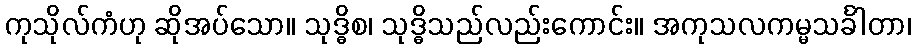
ကုသိုလ်ကံဟု ဆိုအပ်သော။ သုဒ္ဓိစ၊ သုဒ္ဓိသည်လည်းကောင်း။ အကုသလကမ္မသင်္ခါတာ၊